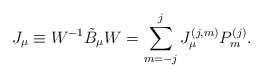
\begin{align*}J_{\mu} \equiv W^{-1} \tilde{B}_{\mu} W =\sum_{m=-j}^{j} J_{\mu}^{(j,m)}P_m^{(j)}.\end{align*}